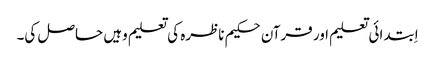
اِبتدائی تعلیم اور قرآن حکیم ناظرہ کی تعلیم وہیں حاصل کی۔